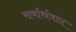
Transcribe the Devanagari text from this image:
सर्वार्थवाद